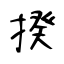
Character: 揆